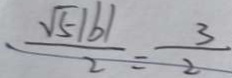
\frac { \sqrt { 5 } \vert b \vert } { 2 } = \frac { 3 } { 2 }